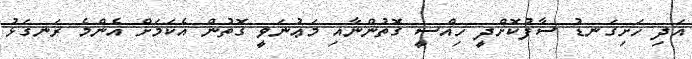
އަދި ހަށިގަނޑު ސާފުކޮށްދީ ހިއްސީ ގޮތުންނާއި މަޢުނަވީ ގޮތުން އެކަމަށް އެންމެ ރަނގަޅު